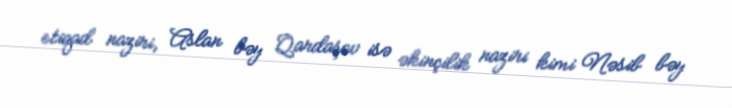
etiqad naziri, Aslan bəy Qardaşov isə əkinçilik naziri kimi Nəsib bəy